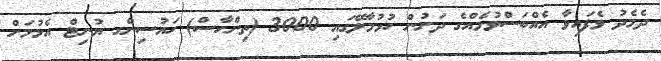
ދެމެދު ވެފައިވާ އެއްބަސްވުމެއްގެ ދަށުން ހުޅުމާލޭގައި 3000 (ތިންހާސް) ހައުސިންގ ޔުނިޓް އެޅުމަށް